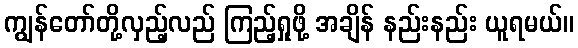
ကျွန်တော်တို့လှည့်လည် ကြည့်ရှုဖို့ အချိန် နည်းနည်း ယူရမယ်။